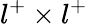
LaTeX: l^{+}\times l^{+}